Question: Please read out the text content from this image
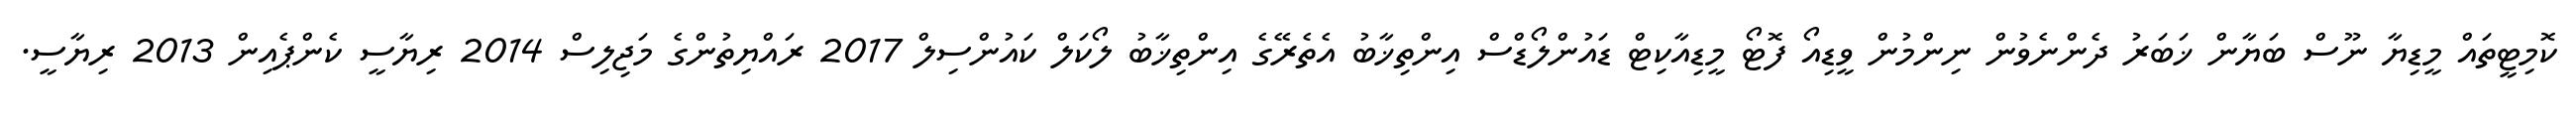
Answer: ކޮމިޓީތައް މީޑިޔާ ނޫސް ބަޔާން ޚަބަރު ދެންނެވުން ނިންމުން ވީޑިއޯ ފޮޓޯ މީޑިއާކިޓް ޑައުންލޯޑްސް އިންތިޚާބު އެތެރޭގެ އިންތިޚާބު ލޯކަލް ކައުންސިލް 2017 ރައްޔިތުންގެ މަޖިލިސް 2014 ރިޔާސީ ކެންޕެއިން 2013 ރިޔާސީ.